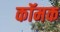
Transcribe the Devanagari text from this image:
कॉमक